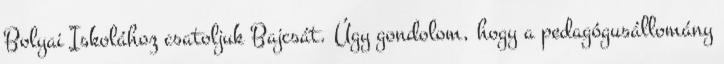
Bolyai Iskolához csatoljuk Bajcsát. Úgy gondolom, hogy a pedagógusállomány